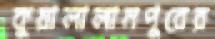
কুয়ালালামপুরের